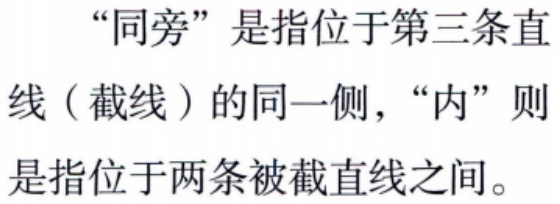
“同旁”是指位于第三条直
线（截线）的同一侧，“内”则
是指位于两条被截直线之间。